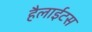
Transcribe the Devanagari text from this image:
हैलाईटस